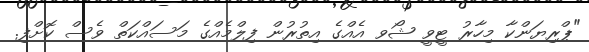
"ޕްރިޔަންކާ މިހާރު ޓީވީ ޝޯވ އެއްގެ އިތުރުން ފިލްމެއްގެ މަސައްކަތް ވެސް ކޮށްފި.